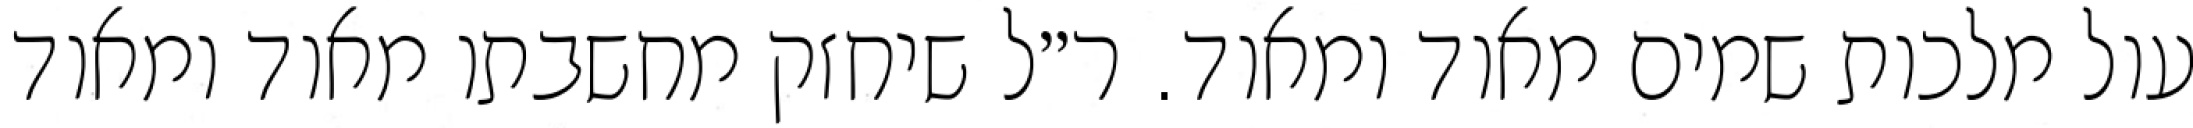
עול מלכות שמים מאוד ומאוד. ר״ל שיחזק מחשבתו מאוד ומאוד